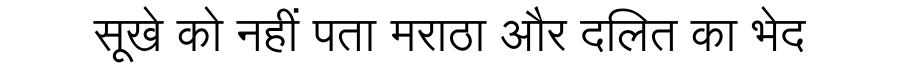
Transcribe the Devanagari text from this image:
सूखे को नहीं पता मराठा और दलित का भेद